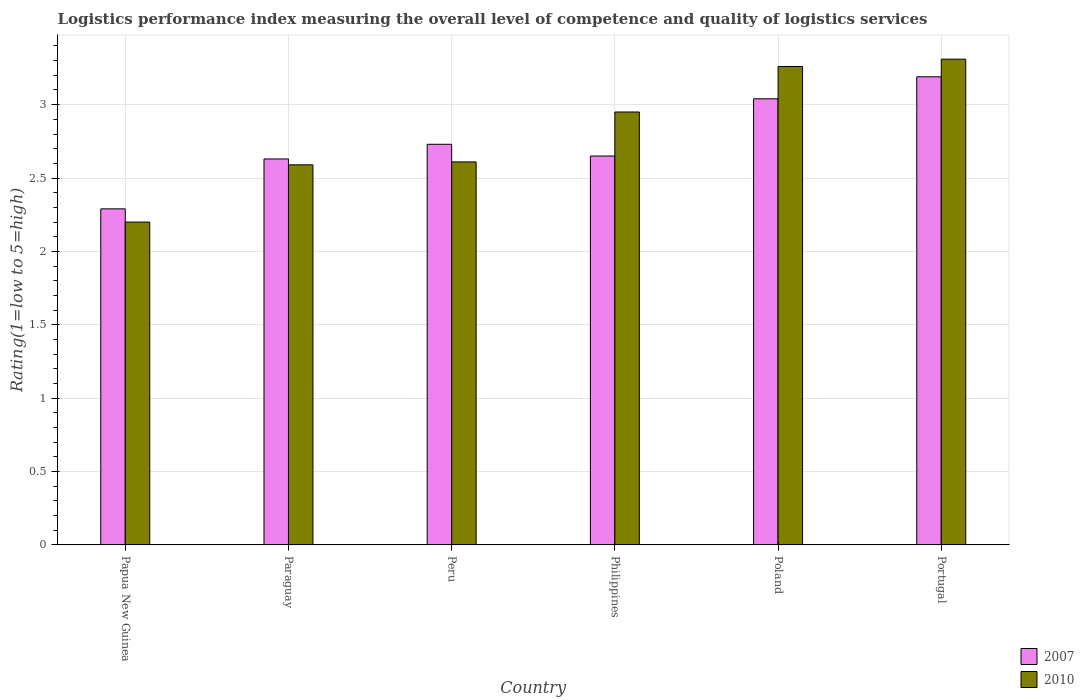
| Country | 2007 | 2010 |
 | --- | --- | --- |
 | Papua New Guinea | 2.29 | 2.2 |
 | Paraguay | 2.63 | 2.59 |
 | Peru | 2.73 | 2.61 |
 | Philippines | 2.65 | 2.95 |
 | Poland | 3.04 | 3.26 |
 | Portugal | 3.19 | 3.31 |